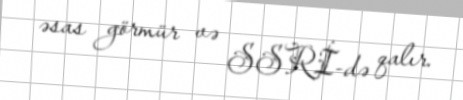
əsas görmür və SSRİ-də qalır.